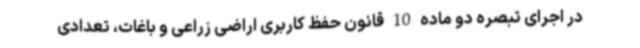
در اجرای تبصره دو ماده 10 قانون حفظ کاربری اراضی زراعی و باغات، تعدادی